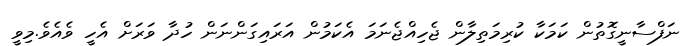
ނަފްސާނީގޮތުން ކަމަކާ ކުރިމަތިލާން ޖެހިއްޖެނަމަ އެކަމުން އަރައިގަންނަން ހުދާ ވަރަށް އެހީ ވެއެވެ.މިވީ